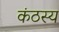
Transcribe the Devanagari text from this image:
कंठस्य